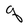
Character: q